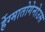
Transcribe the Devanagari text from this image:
र्हेग्मातोगेनोउस